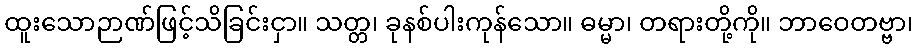
ထူးသောဉာဏ်ဖြင့်သိခြင်းငှာ။ သတ္တ၊ ခုနစ်ပါးကုန်သော။ ဓမ္မာ၊ တရားတို့ကို။ ဘာဝေတဗ္ဗာ၊